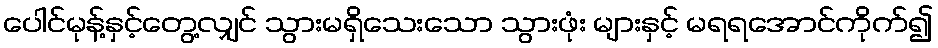
ပေါင်မုန့်နှင့်တွေ့လျှင် သွားမရှိသေးသော သွားဖုံး များနှင့် မရရအောင်ကိုက်၍